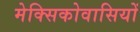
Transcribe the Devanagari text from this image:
मेक्सिकोवासियों